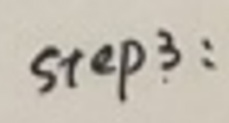
step3: